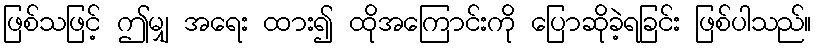
ဖြစ်သဖြင့် ဤမျှ အရေး ထား၍ ထိုအကြောင်းကို ပြောဆိုခဲ့ရခြင်း ဖြစ်ပါသည်။